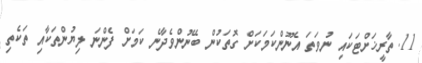
11. ތާރީޚަށްޓަކައި ނުވަތަ އެނޫންކަމަކަށް ގޮތަކުން ބޭނުންވެދާނެ ކަމަށް ފެންނަ ލިޔުންތަކާއި ތަކެތި